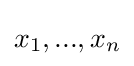
x_{1},...,x_{n}